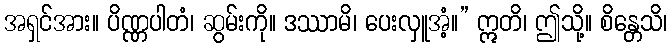
အရှင်အား။ ပိဏ္ဏပါတံ၊ ဆွမ်းကို။ ဒဿာမိ၊ ပေးလှူအံ့။” ဣတိ၊ ဤသို့။ စိန္တေသိ၊